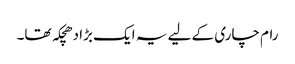
رام چاری کے لیے یہ ایک بڑا دھچکہ تھا۔